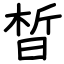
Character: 晳